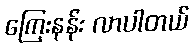
ကြေးနန်း လာပါတယ်